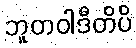
ဘူတဝါဒီတိပိ